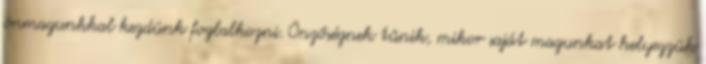
önmagunkkal kezdünk foglalkozni. Önzőségnek tűnik, mikor saját magunkat helyezzük